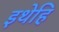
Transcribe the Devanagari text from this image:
इथेहि